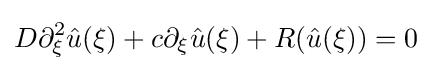
D\partial _{\xi }^{2}{\hat {u}}(\xi )+c\partial _{\xi }{\hat {u}}(\xi )+R({\hat {u}}(\xi ))=0